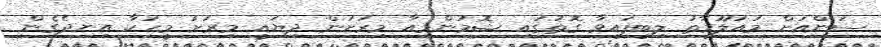
ސަންއަށް މައުލޫމާތު ލިބިފައިވާ ގޮތުގައި ޝޮމުންމިއާ މިރަށުން ދިޔައީ މިރަށު މީހަކާ އިނދެގެން